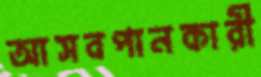
আসবপানকারী